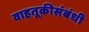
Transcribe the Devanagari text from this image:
वाहतूकीसंबंधी